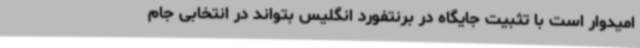
امیدوار است با تثبیت جایگاه در برنتفورد انگلیس بتواند در انتخابی جام